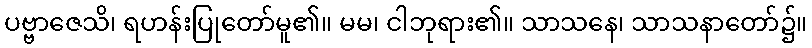
ပဗ္ဗာဇေသိ၊ ရဟန်းပြုတော်မူ၏။ မမ၊ ငါဘုရား၏။ သာသနေ၊ သာသနာတော်၌။